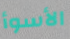
الأسوأ